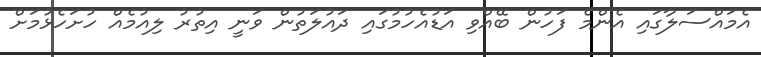
އެމައްސަލާގައި އެންމެ ފަހުން ބޭއްވި އަޑުއެހުމުގައި ދައުލަތުން ވަނީ އިތުރު ލިއުމެއް ހުށަހެޅުމަށް